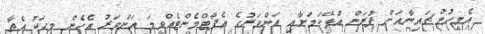
އެމީހުން ޗައިނާއަށް ފުރަން އުޅޭކަމަށާއި އަންވަރުގެ އެޕާޓްމެންޓެއްވީމަ އަންވަރު އެހެން މީހަކު އެތާ